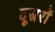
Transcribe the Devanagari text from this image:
दूस्ररों